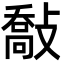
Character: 敽